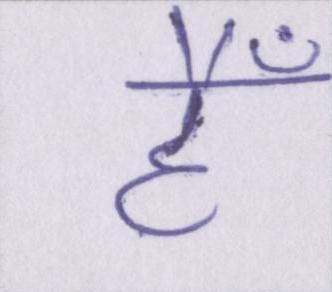
हैँ